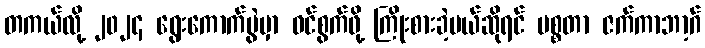
တကယ်လို့ ၂၀၂၄ ရွေးကောက်ပွဲမှာ ဝင်စွက်ဖို့ ကြိုးစားခဲ့မယ်ဆိုရင် မစ္စတာ ဇက်ကာဘာ့ဂ်